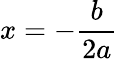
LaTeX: x=-{\frac{b}{2a}}